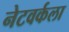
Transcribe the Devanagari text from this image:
नेटवर्कला